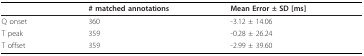
<table><thead><tr><td></td><td><b># matched annotations</b></td><td><b>Mean Error ± SD [ms]</b></td></tr></thead><tbody><tr><td>Q onset</td><td>360</td><td>-3.12 ± 14.06</td></tr><tr><td>T peak</td><td>359</td><td>-0.28 ± 26.24</td></tr><tr><td>T offset</td><td>359</td><td>-2.99 ± 39.60</td></tr></tbody></table>